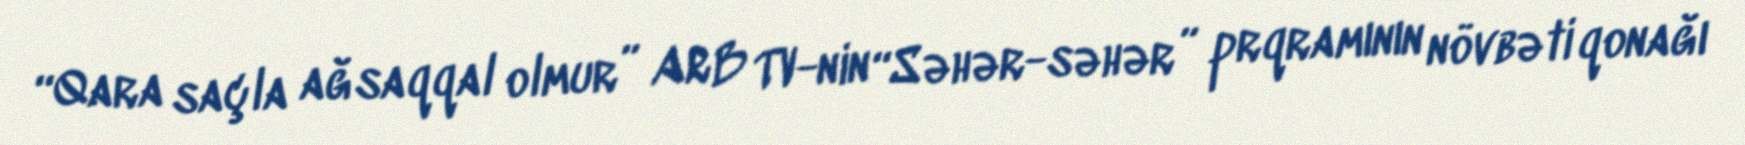
“Qara saçla ağsaqqal olmur” ARB TV-nin “Səhər-səhər” prqramının növbəti qonağı